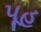
પૂહ